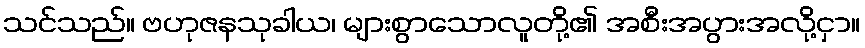
သင်သည်။ ဗဟုဇနသုခါယ၊ များစွာသောလူတို့၏ အစီးအပွားအလို့ငှာ။